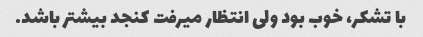
با تشکر، خوب بود ولی انتظار میرفت کنجد بیشتر باشد.